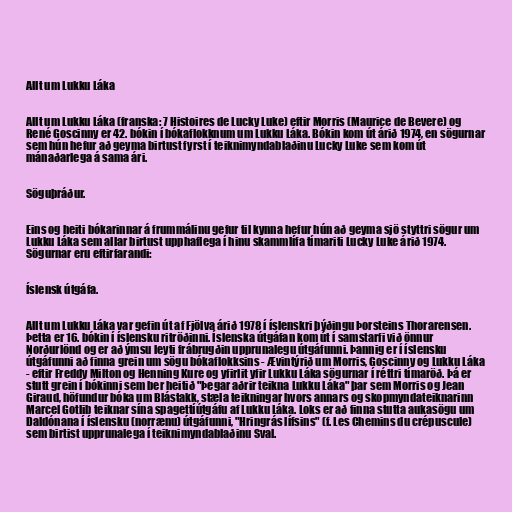
Allt um Lukku Láka

Allt um Lukku Láka (franska: 7 Histoires de Lucky Luke) eftir Morris (Maurice de Bevere) og
René Goscinny er 42. bókin í bókaflokknum um Lukku Láka. Bókin kom út árið 1974, en sögurnar
sem hún hefur að geyma birtust fyrst í teiknimyndablaðinu Lucky Luke sem kom út
mánaðarlega á sama ári.

Söguþráður.

Eins og heiti bókarinnar á frummálinu gefur til kynna hefur hún að geyma sjö styttri sögur um
Lukku Láka sem allar birtust upphaflega í hinu skammlífa tímariti Lucky Luke árið 1974.
Sögurnar eru eftirfarandi:

Íslensk útgáfa.

Allt um Lukku Láka var gefin út af Fjölva árið 1978 í íslenskri þýðingu Þorsteins Thorarensen.
Þetta er 16. bókin í íslensku ritröðinni. Íslenska útgáfan kom út í samstarfi við önnur
Norðurlönd og er að ýmsu leyti frábrugðin upprunalegu útgáfunni. Þannig er í íslensku
útgáfunni að finna grein um sögu bókaflokksins - Ævintýrið um Morris, Goscinny og Lukku Láka
- eftir Freddy Milton og Henning Kure og yfirlit yfir Lukku Láka sögurnar í réttri tímaröð. Þá er
stutt grein í bókinni sem ber heitið "Þegar aðrir teikna Lukku Láka" þar sem Morris og Jean
Giraud, höfundur bóka um Blástakk, stæla teikningar hvors annars og skopmyndateiknarinn
Marcel Gotlib teiknar sína spagettíútgáfu af Lukku Láka. Loks er að finna stutta aukasögu um
Daldónana í íslensku (norrænu) útgáfunni, "Hringrás lífsins" (f. Les Chemins du crépuscule)
sem birtist upprunalega í teiknimyndablaðinu Sval.